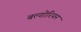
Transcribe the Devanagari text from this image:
बल्गोरियन